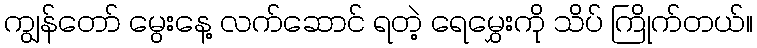
ကျွန်တော် မွေးနေ့ လက်ဆောင် ရတဲ့ ရေမွှေးကို သိပ် ကြိုက်တယ်။